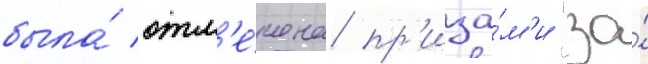
была́ отм'е́чена пр'иза́м'и "за́